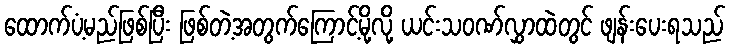
ထောက်ပံ့မည်ဖြစ်ပြီး ဖြစ်တဲ့အတွက်ကြောင့်မို့လို့ ယင်းသဝဏ်လွှာထဲတွင် ဖျန်းပေးရသည်